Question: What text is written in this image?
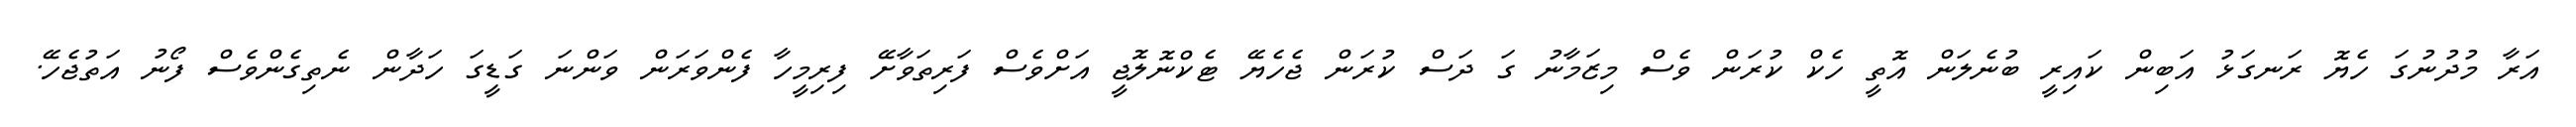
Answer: އަރާ މުދުނުގަ ހެޔޮ ރަނގަޅު އަބިން ކައިރީ ބުނެލަން އޮތީ ހެކް ކުރަން ވެސް މިޒަމާނު ގަ ދަސް ކުރަން ޖެހެޔޭ ޓެކްނޮލޮޖީ އަށްވެސް ފަރިތަވާށޭ ފިރިމީހާ ފެންވަރަން ވަންނަ ގަޑީގަ ހަދާން ނެތިގެންވެސް ފޯނު އަތުޖެހޭ.